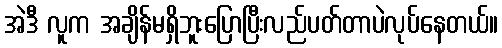
အဲဒီ လူက အချိန်မရှိဘူးပြောပြီးလည်ပတ်တာပဲလုပ်နေတယ်။